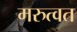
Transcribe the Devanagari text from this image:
मरुत्वत